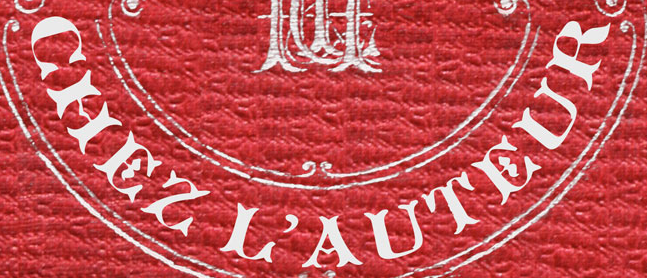
CHEZL'AUTEUR